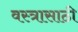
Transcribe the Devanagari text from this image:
वस्त्रासाठी